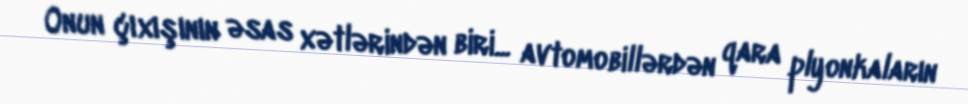
Onun çıxışının əsas xətlərindən biri... avtomobillərdən qara plyonkaların